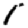
Digit: 1